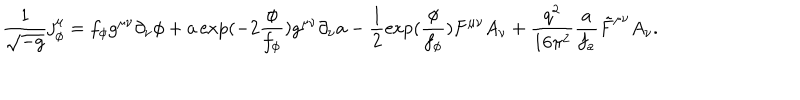
\frac { 1 } { \sqrt { - g } } j _ { \phi } ^ { \mu } = f _ { \phi } g ^ { \mu \nu } \partial _ { \nu } \phi + a \exp ( - 2 \frac { \phi } { f _ { \phi } } ) g ^ { \mu \nu } \partial _ { \nu } a - \frac { 1 } { 2 } \exp ( \frac { \phi } { f _ { \phi } } ) F ^ { \mu \nu } A _ { \nu } + \frac { q ^ { 2 } } { 1 6 \pi ^ { 2 } } \frac { a } { f _ { a } } \tilde { F } ^ { \mu \nu } A _ { \nu } .